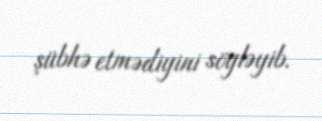
şübhə etmədiyini söyləyib.